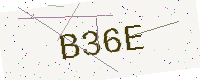
Text: B36E